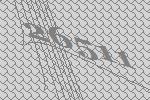
26511